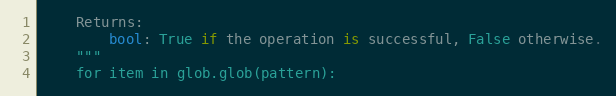
Language: Python
    Returns:
        bool: True if the operation is successful, False otherwise.
    """
    for item in glob.glob(pattern):